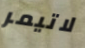
لاتيمر